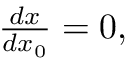
\begin{array} { r } { \frac { d x } { d x _ { 0 } } = 0 , } \end{array}